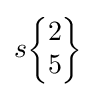
s{\begin{Bmatrix}2\\5\end{Bmatrix}}